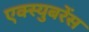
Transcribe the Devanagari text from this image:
एक्स्युबरेंस